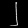
Digit: ၂